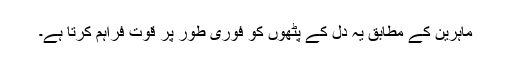
ماہرین کے مطابق یہ دل کے پٹھوں کو فوری طور پر قوت فراہم کرتا ہے۔